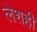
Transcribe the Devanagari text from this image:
लेशही